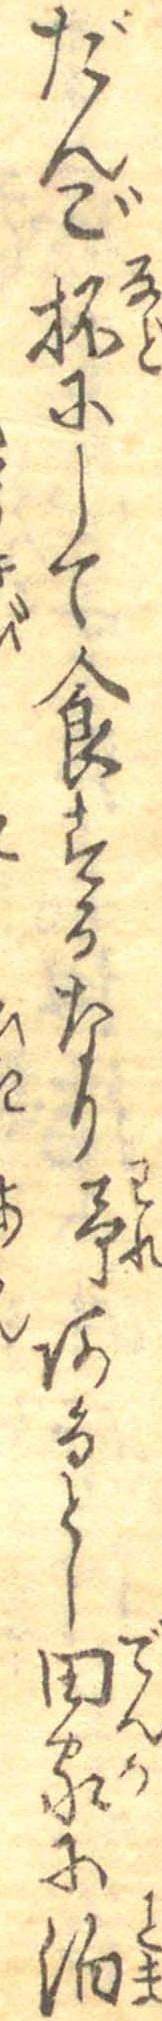
だんご抔にして食するなり予あるとし田家に泊